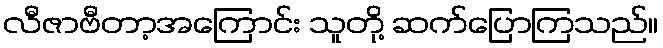
လီဇာဗီတာ့အကြောင်း သူတို့ ဆက်ပြောကြသည်။